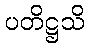
ပတိဋ္ဌသိ